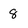
Character: 8